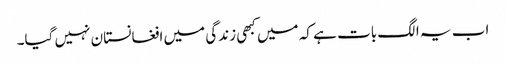
اب یہ الگ بات ہے کہ میں کبھی زندگی میں افغانستان نہیں گیا۔